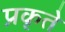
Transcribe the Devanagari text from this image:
प्रकृते